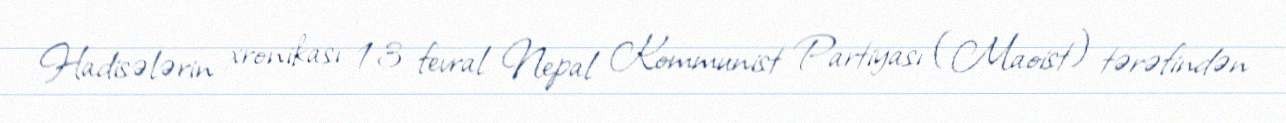
Hadisələrin xronikası 13 fevral Nepal Kommunist Partiyası (Maoist) tərəfindən